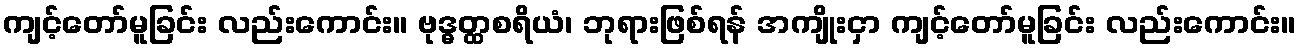
ကျင့်တော်မူခြင်း လည်းကောင်း။ ဗုဒ္ဓတ္ထစရိယံ၊ ဘုရားဖြစ်ရန် အကျိုးငှာ ကျင့်တော်မူခြင်း လည်းကောင်း။